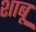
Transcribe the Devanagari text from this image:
शाबू